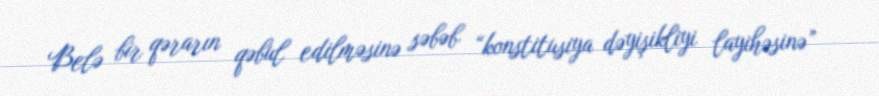
Belə bir qərarın qəbul edilməsinə səbəb “konstitusiya dəyişikliyi layihəsinə”